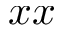
x x